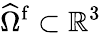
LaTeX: \widehat{\Omega}^{\mathrm{f}}\subset\mathbb{R}^{3}